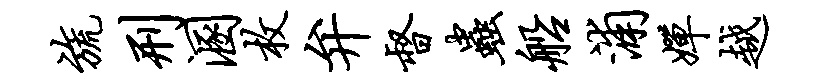
旒刑溷枚弁督虫船浦婵越